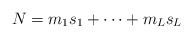
\begin{align*}N = m_1 s_1 + \cdots + m_L s_L \end{align*}